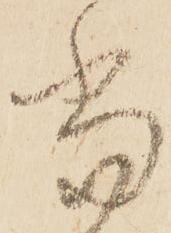
當